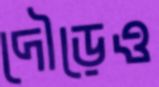
দৌড়েও